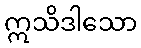
ဣသိဒါသော